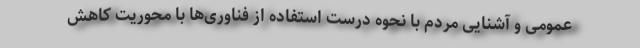
عمومی و آشنایی مردم با نحوه درست استفاده از فناوری‌ها با محوریت کاهش